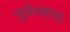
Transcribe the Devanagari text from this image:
पुथेनपाना